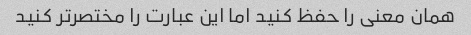
همان معنی را حفظ کنید اما این عبارت را مختصرتر کنید